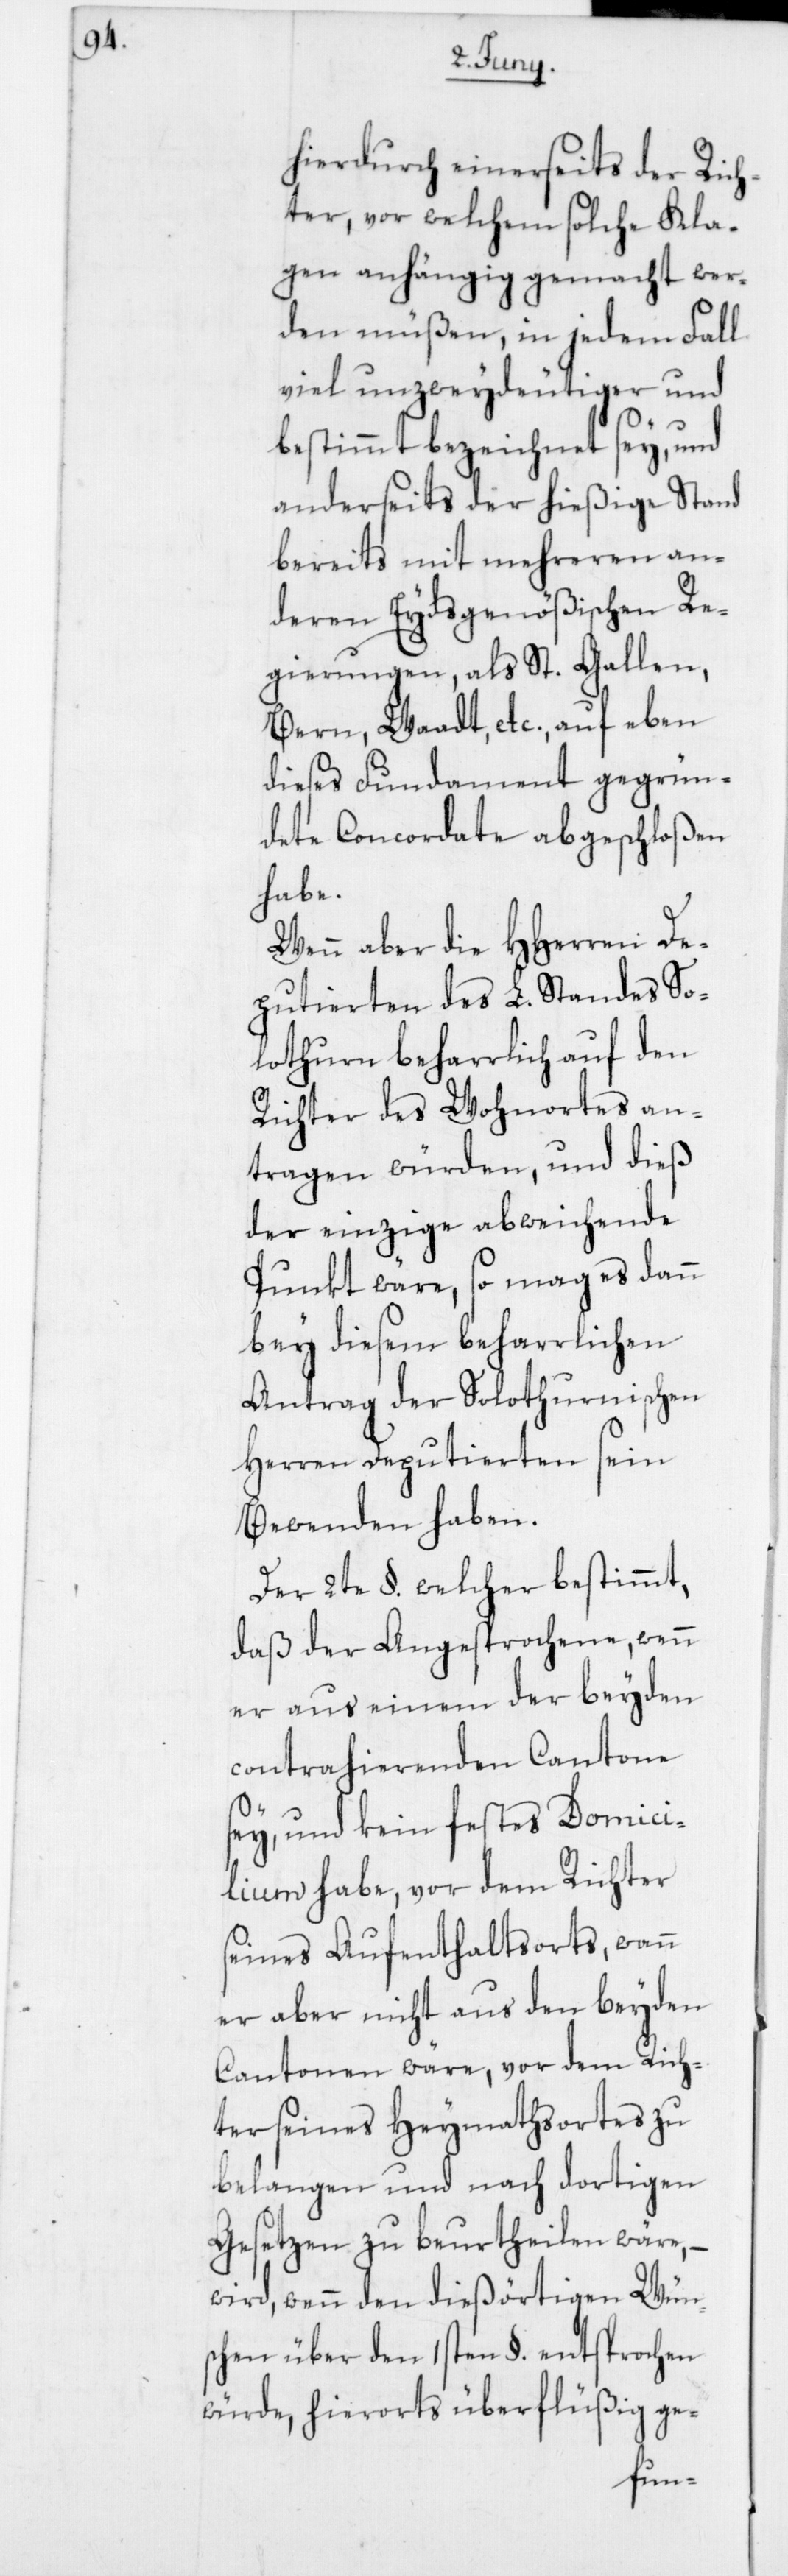
hierdurch einerseits der Rich¬
ter, vor welchem solche Kla¬
gen anhängig gemacht wer¬
den müßen, in jedem Fall
viel unzweydeutiger und
bestimmt bezeichnet sey, und
anderseits der hießige Stand
bereits mit mehreren an¬
deren Eydsgenößischen Re¬
gierungen, als St. Gallen,
Bern, Waadt etc., auf eben
dieses Fundament gegrün¬
dete Concordate abgeschloßen
habe.
Wenn aber die HHerren De¬
putierten des L. Standes So¬
lothurn beharrlich auf den
Richter des Wohnortes an¬
tragen würden, und dieß
der einzige abweichende
Punkt wäre, so mag es dann
bey diesem beharrlichen
Antrag der Solothurnischen
Herren Deputierten sein
Bewenden haben.
Der 2te §. welcher bestimmt,
daß der Angesprochene, wenn
er aus einem der beyden
contrahierenden Cantone
sey, und kein festes Domici¬
lium habe, vor dem Richter
seines Aufenthaltsorts, wann
er aber nicht aus den beyden
Cantonen wäre, vor dem Rich¬
ter seines Heymathortes zu
belangen und nach dortigen
Gesetzen zu beurtheilen wäre, –
wird, wenn den dießörtigen Wün¬
schen über den 1sten §. entsprochen
würde, hierorts überflüßig ge-